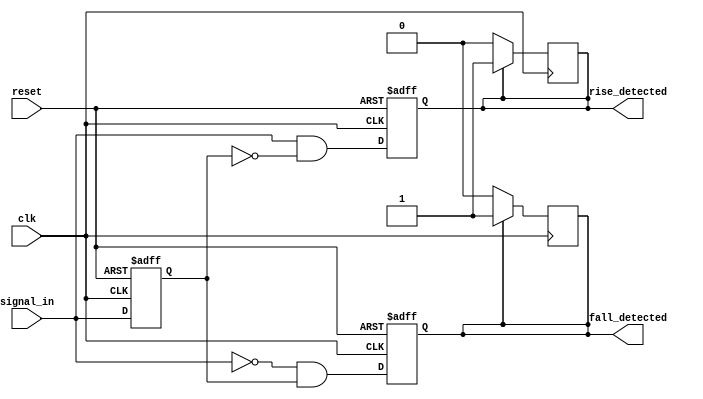
module dual_edge_detector (
    input wire clk,               // Clock signal
    input wire reset,             // Asynchronous reset signal
    input wire signal_in,         // Input signal for edge detection
    output reg rise_detected,     // Output signal for rising edge detection
    output reg fall_detected       // Output signal for falling edge detection
);

    // Memory blocks to store previous states
    reg prev_state;
    reg prev_prev_state;

    // Initialization and state capture
    always @(posedge clk or posedge reset) begin
        if (reset) begin
            // Initialize memory blocks and outputs
            prev_state <= 1'b0;
            prev_prev_state <= 1'b0;
            rise_detected <= 1'b0;
            fall_detected <= 1'b0;
        end else begin
            // Update previous states
            prev_prev_state <= prev_state;
            prev_state <= signal_in;

            // Edge detection logic
            rise_detected <= (signal_in == 1'b1 && prev_state == 1'b0);
            fall_detected <= (signal_in == 1'b0 && prev_state == 1'b1);
        end
    end

    // Pulse generation for rise_detected and fall_detected
    always @(posedge clk) begin
        // Generate pulse for rising edge detection
        if (rise_detected) begin
            rise_detected <= 1'b1;
        end else begin
            rise_detected <= 1'b0;
        end

        // Generate pulse for falling edge detection
        if (fall_detected) begin
            fall_detected <= 1'b1;
        end else begin
            fall_detected <= 1'b0;
        end
    end

endmodule